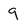
Character: 9